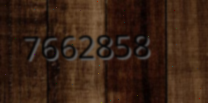
7662858